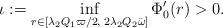
LaTeX: \begin{align*}\iota:=\inf_{ r\in [\lambda_2 Q_1\varpi/2, \;2\lambda_2 Q_2\bar\omega]} \Phi_0'(r)>0.\end{align*}